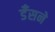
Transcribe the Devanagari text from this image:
डँसने